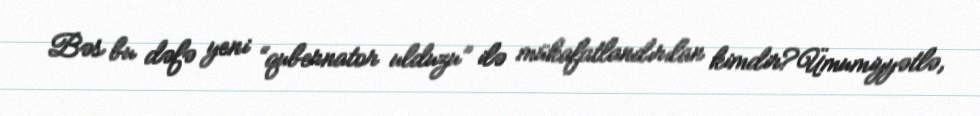
Bəs bu dəfə yeni “qubernator ulduzu” ilə mükafatlandırılan kimdir?Ümumiyyətlə,